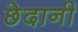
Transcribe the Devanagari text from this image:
छेदानी